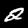
Label: 2